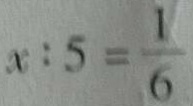
x : 5 = \frac { 1 } { 6 }